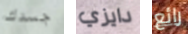
جسدك دايزي رائع